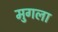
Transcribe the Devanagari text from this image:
मुगला